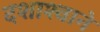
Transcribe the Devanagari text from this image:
दशाश्वाने